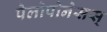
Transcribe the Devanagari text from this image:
पेलोपोनेसस्‌